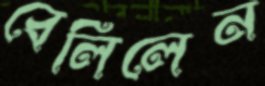
বেলিলেন